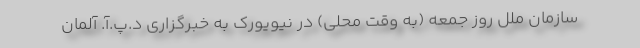
سازمان ملل روز جمعه (به وقت محلی) در نیویورک به خبرگزاری د.پ.آ. آلمان